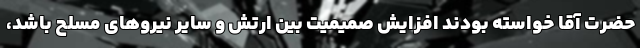
حضرت آقا خواسته بودند افزایش صمیمیت بین ارتش و سایر نیروهای مسلح باشد،